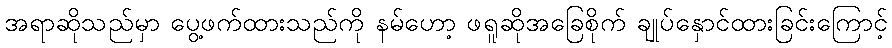
အရာဆိုသည်မှာ ပွေ့ဖက်ထားသည်ကို နမ်ဟော့ ဖရူဆိုအခြေစိုက် ချုပ်နှောင်ထားခြင်းကြောင့်